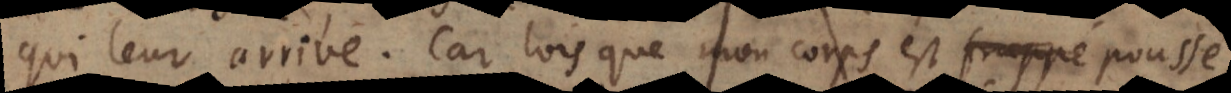
qui leur arrive. Car lorsque mon corps est frappé je